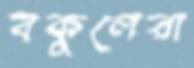
বকুলেরা